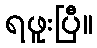
ရဖူးပြီ။